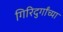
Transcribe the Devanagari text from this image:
गिरिदुर्गांच्या